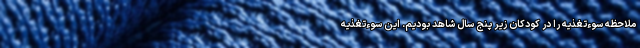
ملاحظه سوءتغذیه را در کودکان زیر پنج سال شاهد بودیم. این سوءتغذیه